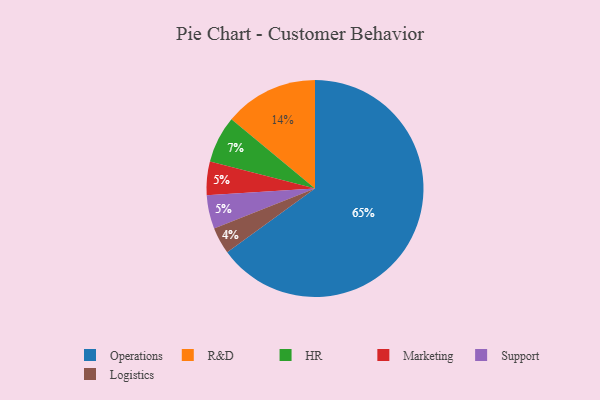
{"axis": {"x": "Category", "y": "Percentage"}, "legend": ["HR", "Logistics", "Marketing", "Operations", "R&D", "Support"], "data": [{"x": "R&D", "y": 14, "type": "R&D"}, {"x": "Marketing", "y": 5, "type": "Marketing"}, {"x": "Operations", "y": 65, "type": "Operations"}, {"x": "HR", "y": 7, "type": "HR"}, {"x": "Logistics", "y": 4, "type": "Logistics"}, {"x": "Support", "y": 5, "type": "Support"}]}